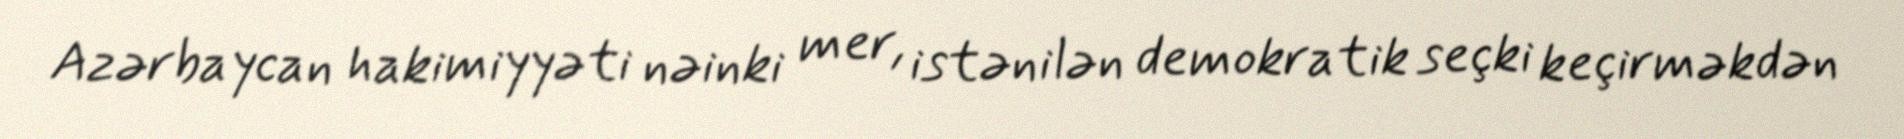
Azərbaycan hakimiyyəti nəinki mer, istənilən demokratik seçki keçirməkdən